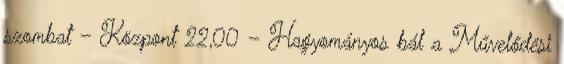
szombat – Központ 22,00 – Hagyományos bál a Művelődési